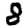
Digit: 8